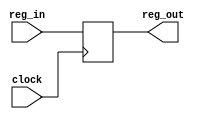
module dff (reg_out, reg_in, clock);

   input  reg_in, clock;

   output reg_out;

   reg    reg_out;

   always @(posedge clock)
     reg_out <= reg_in;   
   
endmodule // dff